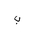
Letter: _ba